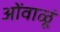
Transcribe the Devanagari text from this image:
ओंवाळूं